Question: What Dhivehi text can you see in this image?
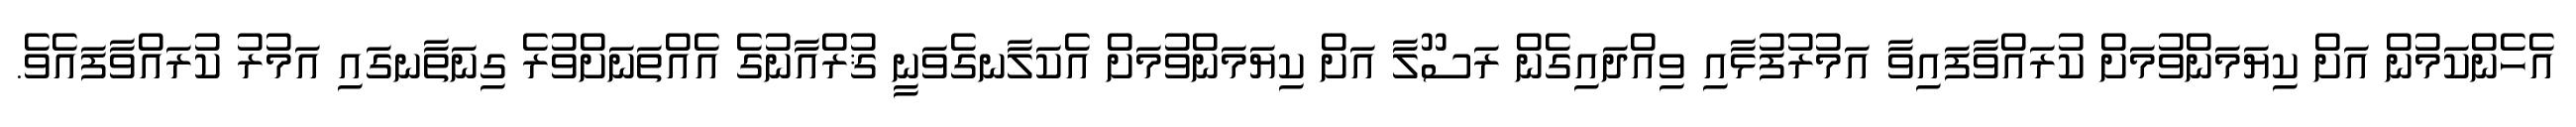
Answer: އެހެންކަމުން އަށް ކިޔަމަންވުމަށް ކުރައްވާފައިވާ އަމުރުފުޅާއި ވިއްދައިގެން ރަސޫލާ އަށް ކިޔަމަންވުމަށް އެކަލާނގެވަނީ ޤުރްއާނުގެ އެއްތަނަށްވުރެ ގިނަތާނގައި އަމުރު ކުރައްވާފައެވެ.